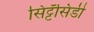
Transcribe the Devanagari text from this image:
सिट्टॅसिडी